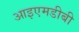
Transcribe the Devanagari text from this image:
आइएमडीबी